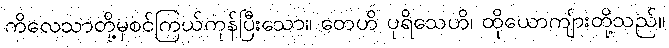
ကိလေသာတို့မှစင်ကြယ်ကုန်ပြီးသော။ တေဟိ ပုရိသေဟိ၊ ထိုယောကျ်ားတို့သည်။